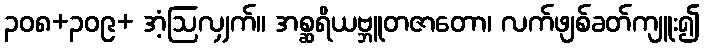
၃၀၈+၃၀၉+ အံ့ဩလျှက်။ အစ္ဆရိယဗ္ဘူတဇာတော၊ လက်ဖျစ်ခတ်ကျူး၍